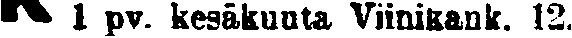
1 pv. kesäkuuta Viinikank. 12.